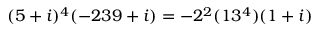
( 5 + i ) ^ { 4 } ( - 2 3 9 + i ) = - 2 ^ { 2 } ( 1 3 ^ { 4 } ) ( 1 + i )